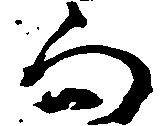
向